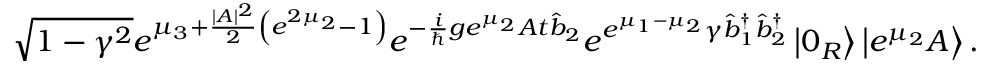
\sqrt { 1 - \gamma ^ { 2 } } e ^ { \mu _ { 3 } + \frac { | A | ^ { 2 } } { 2 } \left( e ^ { 2 \mu _ { 2 } } - 1 \right) } e ^ { - \frac { i } { \hslash } g e ^ { \mu _ { 2 } } A t \hat { b } _ { 2 } } e ^ { e ^ { \mu _ { 1 } - \mu _ { 2 } } \gamma \hat { b } _ { 1 } ^ { \dagger } \hat { b } _ { 2 } ^ { \dagger } } \left\vert 0 _ { R } \right\rangle \left\vert e ^ { \mu _ { 2 } } A \right\rangle .